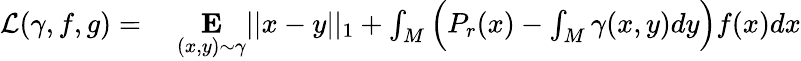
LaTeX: \begin{array}{rl}{\mathcal{L}(\gamma,f,g)={}}&{{}\underset{(x,y)\sim\gamma}{\mathbf{E}}||x-y||_{1}+\int_{M}\Big(P_{r}(x)-\int_{M}\gamma(x,y)dy\Big)f(x)dx}\end{array}